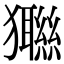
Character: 𤣆